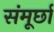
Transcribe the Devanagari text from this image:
संमूर्छा